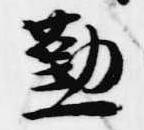
懃